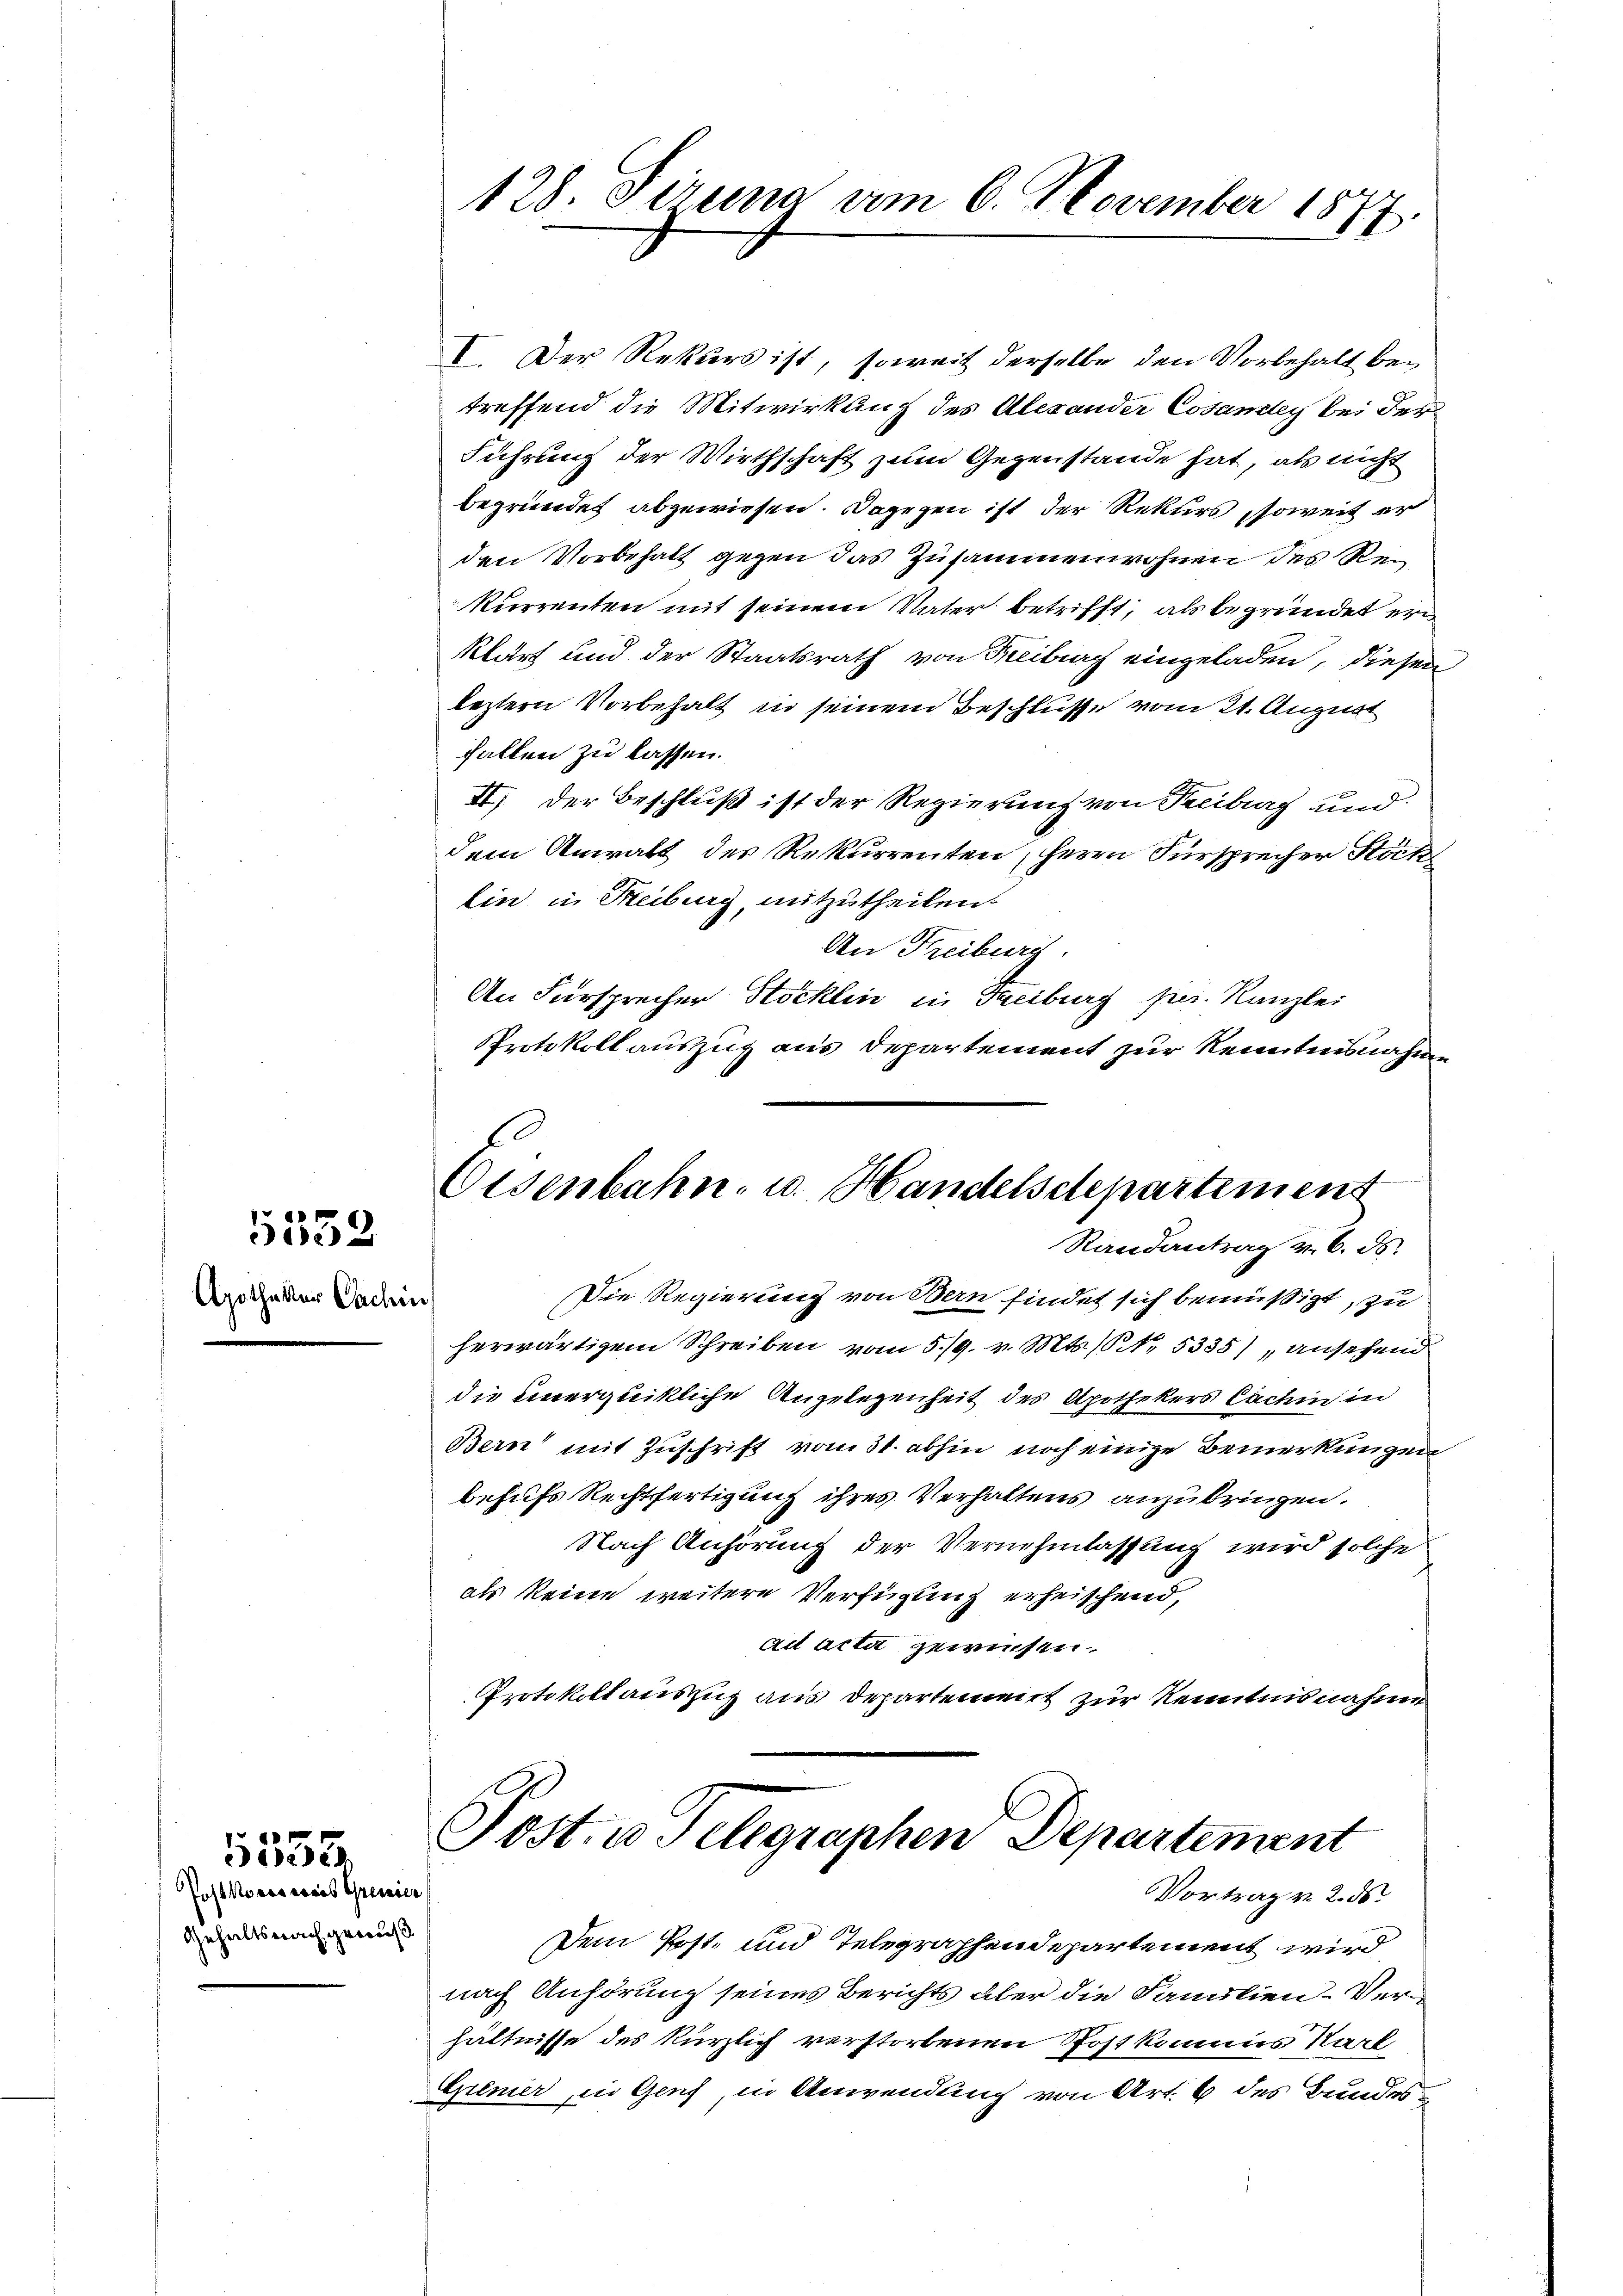
5552

Apotheker Cachin

Postkordseeis Grenier
Geheiltsnach gewes

5355.

I. Der Rekurs ist, soweit derselbe den Vorbehalt bei
treffend die Mitwirkung des Alexander Cosantey bei der
Führung der Wirthschaft zum Gegenstande hat, als nicht
begründet abgewiesen. Dagegen ist der Rekurs soweit er
den Vorbehalt gegen das Zusammenwohnen des Rekurrenten mit seinem Vater betrifft, als begründet erklärt und der Staatsrath von Freiburg eingeladen, diesen
leztern Vorbehalt in seinem Beschlusse vom 21. August
fallen zu lassen.
II) Der Beschluß ist der Regierung von Treiburg und:
dem Anwalt des Rekurrenten, Herrn Fürsprecher Stöck
Ein in Reiburg, mitzutheilen.
An Freiburg.
An Fürsprecher Stocklin in Freiburg per. Kanzlei
Protokoll auszug aus Departement zur Kenntnisnahme

128. Feriena vom 6. November 1877.

Eisenbahn- u. Handelschepartemens
Randantrag v. 6. ds.

Die Regierung von Bern findet sich bemüßigt, zu
herwärtigem Schreiben vom 5./9. v. Mts. / NNo. 5335), ansehend
die unerquikliche Angelegenheit des Apothekers Cachin in
Bern mit Zuschrift vom 31. abhin noch einige Bemerkungen
behufs Rechtfertigung ihres Verhaltens anzubringen.
Nach Anhörung der Vernehmlassung wird solche
als keine weitere Verfügung erheischend,
ad acta gewiesen.
Protokoll auszug aus Departement zur Kenntnisnahme

s
Post. Telegraphen Departement
Vortrag v. 2. ds.

Dem Post- und Telegraphendepartement wird,
nach Anhörung seines Berichts aber die Familien- Verhältnisse des kürzlich verstorbenen Postkammes Karl
Gümer, in Genf, in Anwendung von Art. 6 des Bundes